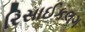
રિસાઈકલગ